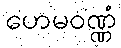
ဟေမဝဏ္ဏံ